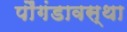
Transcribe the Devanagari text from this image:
पौंगंडावस्था